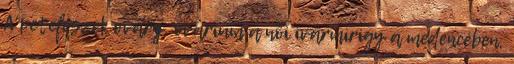
A petefészek ovary, ovarium a női ivarmirigy a medencében,